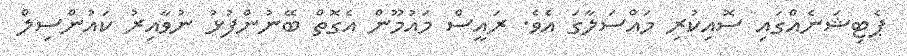
ޕެޓިޝަނެއްގައި ސޮއިކުރި މައްސަލާގަ އެވެ. ރައީސް މައުމޫން އެގޮތް ބޭނުންފުޅު ނުވާއިރު ކައުންސިލް